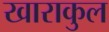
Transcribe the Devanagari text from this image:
खाराकुल